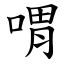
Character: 喟